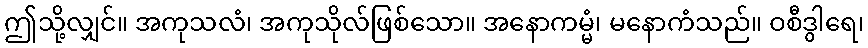
ဤသို့လျှင်။ အကုသလံ၊ အကုသိုလ်ဖြစ်သော။ အနောကမ္မံ၊ မနောကံသည်။ ဝစီဒွါရေ၊